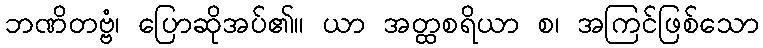
ဘဏိတဗ္ဗံ၊ ပြောဆိုအပ်၏။ ယာ အတ္ထစရိယာ စ၊ အကြင်ဖြစ်သော